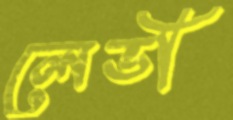
লেভী